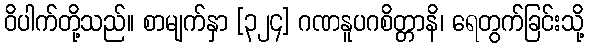
ဝိပါက်တို့သည်။ စာမျက်နှာ [၃၂၄] ဂဏနူပဂစိတ္တာနိ၊ ရေတွက်ခြင်းသို့